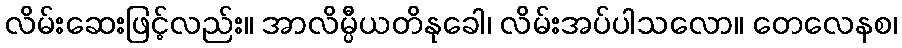
လိမ်းဆေးဖြင့်လည်း။ အာလိမ္ပီယတိနုခေါ၊ လိမ်းအပ်ပါသလော။ တေလေနစ၊